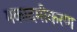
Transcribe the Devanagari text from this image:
मकादमीकरण